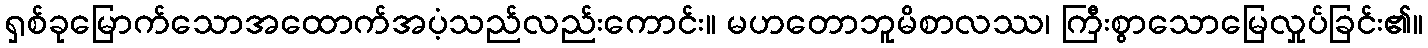
ရှစ်ခုမြောက်သောအထောက်အပံ့သည်လည်းကောင်း။ မဟတောဘူမိစာလဿ၊ ကြီးစွာသောမြေလှုပ်ခြင်း၏။